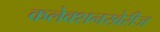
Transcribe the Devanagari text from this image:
कलेक्शनखेरीज